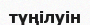
түңілуін